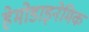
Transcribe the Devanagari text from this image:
हेमोडाइनेमिक